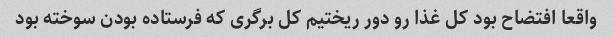
واقعا افتضاح بود کل غذا رو دور ریختیم کل برگری که فرستاده بودن سوخته بود